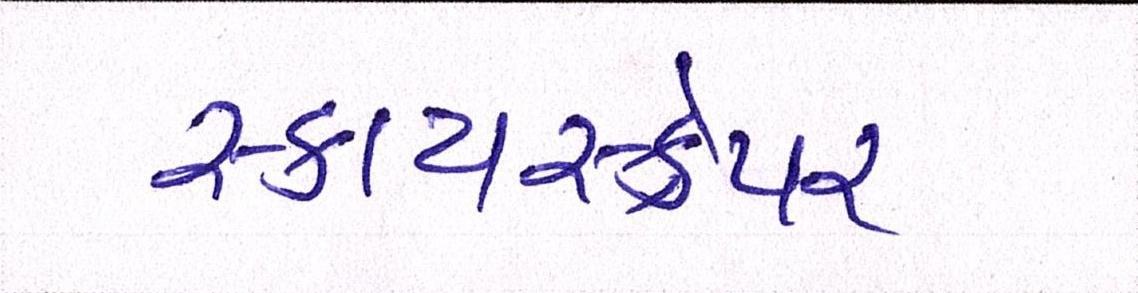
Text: સ્કાયસ્ક્રેપર